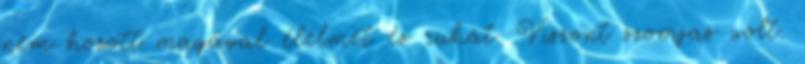
nem hozott magával élelmet és ruhát. Viszont szomjas volt.